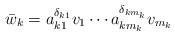
LaTeX: \begin{align*}\bar w_k= a_{k1}^{\delta_{k1}}v_1\cdots a_{km_{k}}^{\delta_{km_k}}v_{m_k}\end{align*}